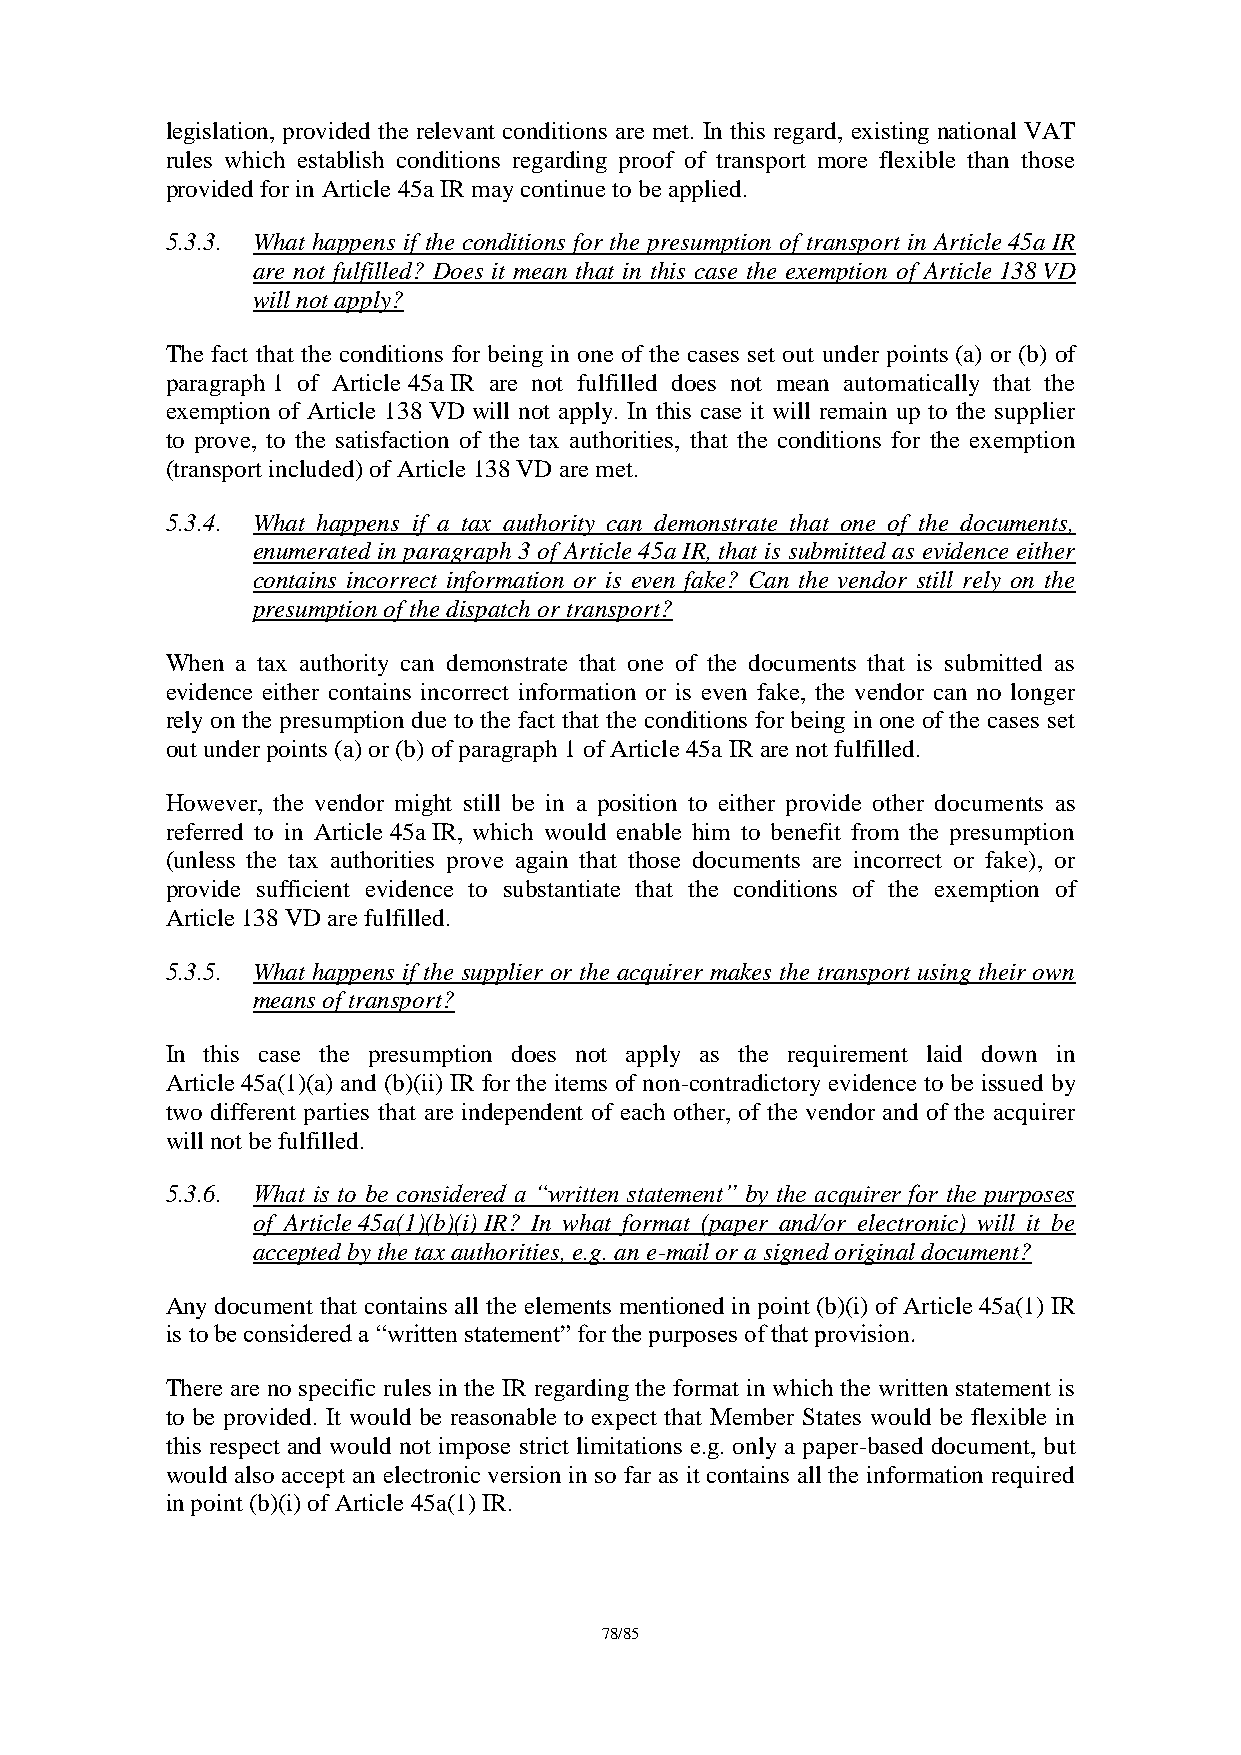
legislation, provided the relevant conditions are met. In this regard, existing national VAT
 rules which establish conditions regarding proof of transport more flexible than those
 provided for in Article 45a IR may continue to be applied.
 5.3.3. What happens if the conditions for the presumption of transport in Article 45a IR
 are not fulfilled? Does it mean that in this case the exemption of Article 138 VD
 will not apply?
 The fact that the conditions for being in one of the cases set out under points (a) or (b) of
 paragraph 1 of Article 45a IR are not fulfilled does not mean automatically that the
 exemption of Article 138 VD will not apply. In this case it will remain up to the supplier
 to prove, to the satisfaction of the tax authorities, that the conditions for the exemption
 (transport included) of Article 138 VD are met.
 5.3.4. What happens if a tax authority can demonstrate that one of the documents,
 enumerated in paragraph 3 of Article 45a IR, that is submitted as evidence either
 contains incorrect information or is even fake? Can the vendor still rely on the
 presumption of the dispatch or transport?
 When a tax authority can demonstrate that one of the documents that is submitted as
 evidence either contains incorrect information or is even fake, the vendor can no longer
 rely on the presumption due to the fact that the conditions for being in one of the cases set
 out under points (a) or (b) of paragraph 1 of Article 45a IR are not fulfilled.
 However, the vendor might still be in a position to either provide other documents as
 referred to in Article 45a IR, which would enable him to benefit from the presumption
 (unless the tax authorities prove again that those documents are incorrect or fake), or
 provide sufficient evidence to substantiate that the conditions of the exemption of
 Article 138 VD are fulfilled.
 5.3.5. What happens if the supplier or the acquirer makes the transport using their own
 means of transport?
 In this case the presumption does not apply as the requirement laid down in
 Article 45a(1)(a) and (b)(ii) IR for the items of non-contradictory evidence to be issued by
 two different parties that are independent of each other, of the vendor and of the acquirer
 will not be fulfilled.
 5.3.6. What is to be considered a “written statement” by the acquirer for the purposes
 of Article 45a(1)(b)(i) IR? In what format (paper and/or electronic) will it be
 accepted by the tax authorities, e.g. an e-mail or a signed original document?
 Any document that contains all the elements mentioned in point (b)(i) of Article 45a(1) IR
 is to be considered a “written statement” for the purposes of that provision.
 There are no specific rules in the IR regarding the format in which the written statement is
 to be provided. It would be reasonable to expect that Member States would be flexible in
 this respect and would not impose strict limitations e.g. only a paper-based document, but
 would also accept an electronic version in so far as it contains all the information required
 in point (b)(i) of Article 45a(1) IR.
 78/85